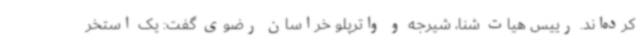
کرده‌اند. رییس هیات شنا، شیرجه و واترپلو خراسان رضوی گفت: یک استخر